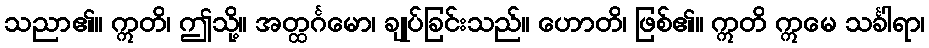
သညာ၏။ ဣတိ၊ ဤသို့။ အတ္ထင်္ဂမော၊ ချုပ်ခြင်းသည်။ ဟောတိ၊ ဖြစ်၏။ ဣတိ ဣမေ သင်္ခါရာ၊